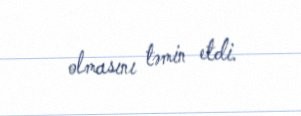
olmasını təmin etdi.